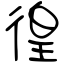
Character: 徨